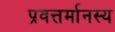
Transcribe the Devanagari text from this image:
प्रवत्तर्मानस्य